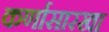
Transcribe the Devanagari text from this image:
कर्णासारखा